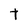
Character: t